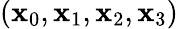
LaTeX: (\mathbf{x}_{0},\mathbf{x}_{1},\mathbf{x}_{2},\mathbf{x}_{3})